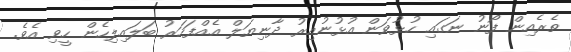
ތެރެއިން ފޯނު ނަގައި ހުޅުވަން އުޅުނުއިރު ދާނިޔަލް އެއްފަހަރު ބަލައިލިހެން ހީވި އެވެ.